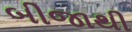
બીજાથી